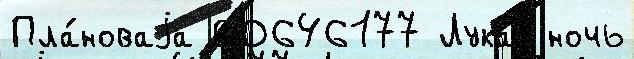
Пла́новаjа 00646177 Лукач ночь